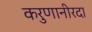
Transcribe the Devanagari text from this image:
करुणानीरदा